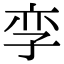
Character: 孪